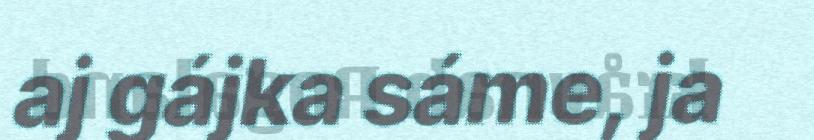
aj gájka sáme, ja